Vital statistics of India. Vol. IV, Annual returns from 1871 to 1876. British Army of India, Native Army and jails of Bengal
Year: 1871
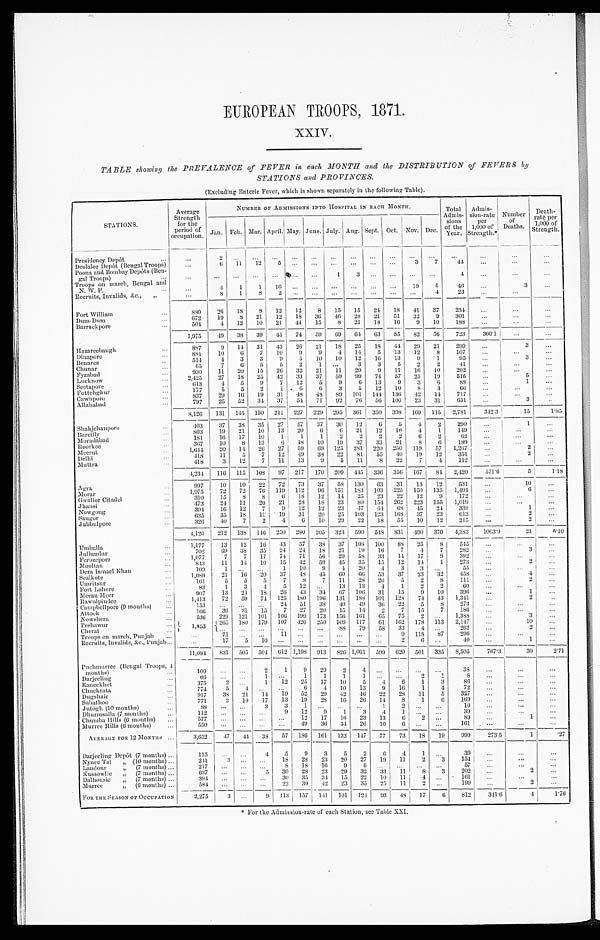
EUROPEAN TROOPS,1871
.
XXIV.
TABLE showing the PREVALENCE of FEVER in each MONTH and the DISTRIBUTION of FEVERS by
STATIONS and PROVINCES.
(Excluding Enteric Fever, which is shown separately in the following Table).
STATIONS.
Average
Strength
for the
period of
occupation.
NUMBER OF ADMISSIONS INTO HOSPITAL IN EACH MONTH.
Total
Admis-
sions
of th
e Year.
Admis-
Sion-rate per
1,000 o
f Strength
Number
of
Deaths.
Death
-rate per
1,000 of
Strength.
Jan. Feb. Mar. April. May. June. July. Aug. Sept. Oct. Nov. Dec.
Presidency Depôt ...
...
2
. . .
. . .
. . . . . .
. . .
. . .
. . .
... ... ... ...
. . .
. . .
. . .
...
Deolalee Depôt (Bengal Troops)
. . . 6 11 12 5
. . . ... ... ... ...
3 7
44 ...
. . .
. . .
Poona and Bombay Depôts (Ben-
gal Troops)
. . . ... ... ...
. . . ...
. . . 1
3 ...
. . .
. . . ...
4
. . .
...
. . .
Troops on march, Bengal and
N. W. P.
...
4
1 1
1 6 . . . . . .
. . . . . . ... ...
1 9 5
46 ...
3
. . .
Recruits, Invalids, &c., „
...
8 1 8
2
. . . . . . ...
. . . ...
. . . ... 4
23 ...
...
Fort William
...
880 26 18 8 12 12 8 15 15 24 18 41 37 234
...
...
. . .
Dum-Dum
...
672 19 8 21 12 18 36 46 28 21 51 32 9 301 ...
...
...
Barrackpore
...
504
4 12 10 21 44 15 8 21 18 16 9 10 188 ...
. . .
. . .
1,975 49 38 39 45 74 59 69 64 63 85 82 56 723 366.1 . . .
. . .
Hazareebaugh ...
887
9 14 31 43 26 21 18 25 18 41 29 21 299 ...
3 ...
Dinapore
...
881
10
6 7 10 9 9 4 14 5 13 12 8 107 ...
...
. . .
Benares
...
514
4. 3 3 9 5 10 10 12 16 13 9 1
95
. . .
3
...
Chunar
...
65
7 6 5 5 2
1
. . . 3 3 5 2 2
41
. . .
. . .
. . .
Fyzabad
930 11 20 15 26 32 21 11 20 9 11 16 10 202 ...
. . .
. . .
Lucknow
...
2,425 27 18 25 42 33 37 59 99 74 57 25 19 515
. . .
5
. . .
Seetapore
...
613
4 5 9 7 12 5 9 6 13 9 3 6
88
. . .
1
. . .
Futtehghur
...
177
5 5 2 1 6 6 3 5 12 10 8 3
6 6 ...
...
...
Cawnpore
...
837 29 16 19 31 48 48 89 101 144 136 42 14 717
. . .
. . .
. . .
Allahabad
...
797 25 52 34 37 54 71 92 76 56 100 23 - 31 651
. . .
3
. . .
8,126 131 145 150 211 227 229 295 361 350 398 169 115 2,791
342.3
15
1.85
Shahjehanpore
...
4 0 3 37 38 35 27 57 37 30 12 6 5
4 2 290 ...
1
. . .
Bareilly
...
803 19 21 10 13 20
6 6 21 12 16 4 1 1.19 ...
Moradabad
...
181 16 17 10 1 1 1 2 2 2 2 6 2
62
. . .
. . .
. . .
Roorkee ...
367
10 8 13 6 18 10 19 37 33 21 8 6 189 ...
...
...
Meerut
...
1,644
20 14 26 27 59 69 125 281 220 250 119 57 1,207 ...
2
. . .
Delhi
...
418
1 1 5 7 12 49 38 22 81 55 40 19 12 351
. . .
2 ...
Muttra
...
418
3 12 7 11 13 9 5 11 8 22 7 4 112
. . .
...
. . .
4 , 2 3 4 116 115 108 97 217 170 209 445 336 356 167 84 2,420
571.6
5
1.18
Agra
...
997 10 10 22 72 73 37 58 130 63 31 13 12 531 ...
10 ...
Morar
1,075 72 72 76 119 112 96 151 183 103 225 150 135 1,494
. . .
6
. . .
Gwalior Citadel
...
310 15 8 8 6 18 12 14 25 23 22 12 9 172
. . .
. . .
. . .
Jhansi
...
473 24 11 20 21 28 18 23
8 0 154 262 223 155 1,019 ...
. . .
. . .
Nowgong.
304
16 12 7
9 12 12 23 47 64 68 45 24 339 . . .
1 ...
Sangor
...
635 35 18 11 19 31 20 25 103 123 168 37 23 613 . . .
2
. . .
Jubbulpore
...
326 40 7 2
4 6 10 29 22 18 55 10 12 215 ...
2
. . .
4,120 212 138 146 250 280 205 323 590 548 831 490 370 4,383 1063.9
21
5.10
Umballa
...
1,177 13 12 16 43 57 38 37 108 100
8 8 25 8 545
. . .
...
. . .
Jullundur
...
702 69 38 35 24 24 18 21 19 16 7
4 7 282
. . .
3
. . .
Ferozepore
...
1,077
7 7 17 74 71 56 29 58 33 14 17 9
392 ...
. . .
. . .
Mooltan
...
843 11 14 10 15 42 59 45 35 15 12 14 1 273 ...
2
. . .
Dera Ismael khan
...
100
1
. . .
. . . 1 10 9 4 20
4 3 3 ...
55
. . .
. . . ...
Sealkote
...
1,089 21 16 20 37 48 45
6 0 6 6 53 37 23 32 458 . . .
4
. . .
Umritsur
...
161
5 5 5 7 8 7 11 28 20 5 2 8 111 ...
2 ...
Fort Lahore
...
83
1 3 4 5 12 ... 13 13 4 1 2 2
60 ...
. . . ...
Meean Meer ...
907 13 24 18 26 43 34 67 106 31 15 9 10 396 ...
1
. . .
Rawulpindee
...
1,413 72 59 74 125 180 196 131 188 101 128 74 43 1,341 ...
2
. . .
Campbellpore (9 months) ...
153 ... ... ... 24 51 38 40 49 36 22 5 8 273
. . .
. . .
. . .
Attock
...
166
36 21 15 7 27 20 15 14
2 7 15 7 186
. . .
...
...
Nowshera
...
536 229 121 101 106 199 173 156 161
6 5 75 2 ... 1,383
. . .
3
. . .
Peshawur
... 1,853 265 180 179 107 426 250 109 117
6 1 162 178 113 2,147
. . .
10
. . .
. . .
. . .
. . .
. . . . . .
. . . 88 79 58 33
4
. . . 262
. . .
2 ...
Troops on march, Punjab ...
. . . 71
. . . ...
1 1 . . .
. . . ... ... ...
9 118 87 296
. . .
. . .
. . .
Recruits, Invalids, &c., Punjab ...
. . . 17 5 10
. . . . . . . . .
. . .
. . . ...
2 6 ...
40 ...
1
...
11,081 831 505 504 612 1,198 913 826 1,061 599 620 501 335 8,505
767.3
30
2. 71
Puchmuree (Bengal Troops,
4 months)
...
100 ... ...
2 1 9 20 2
4 ...
. . . . . .
. . . 38 ...
. . . ...
Darjeeling ...
66 ...
. . . 1 . . .
1 1 1
. . 1 . ...
. . . 2 1
8
. . .
. . .
. . .
Raneekhet
...
375
2
. . . 1 12 25 17 10 5 4 6 1 3
8 6
. . .
. . .
. . .
Chuckrata
...
774
5
4 ...
. . . 6 4 10 13 9 16 1 4
72 ...
...
...
Dugshaie
...
917 38 21 14 19 52 29 42
4 6 22 28 11 5 327
. . .
. . .
...
Subathoo
...
771
2 19 17 1:3 19 28 16 26 14 8 1 6 169
. . .
. . .
...
Jutogh (10 months)
...
88
. . .
. . . 3 3 1
. . .
. . . . . . 1 2 . . .
. . . 10
. . .
. . .
. . .
Dhurmsalla (7 months)
...
1 1 2
. . .
. . .
. . . 9 12 9 1 3 4
1 . . . . . .
39
. . .
. . .
. . .
Chumba Hills (6 mouths)
577 ... ...
. . . ... 12 17 16 23 13 6
2
. . .
89 ...
1 ...
Murree Hills (6 months) ...
550
. . .
. . .
. . . . . . 49 36 34 26 10
6 . . .
. . . 161 ...
. . .
. . .
AVERAGE FOR 12 MONTHS . . .
3,652 47 44 38
5 7 186 161 132 147 77 73 18 19 999
273.5
1
.27
Darjeeling Depôt (7 months) ...
115 ...
. . . 4 5 9 3 5 2 6 4
1
. . . 39
. . .
. . .
. . .
Nynee Tal „ (10 months) ...
241
3 ... ... 18 28 23 20 27 19 11
2 3 154 ...
...
...
Landour „ (7 months) ...
2 1 7
. . . . . .
. . . 8
1 8 16 9 6 ...
. . . . . .
. . . 57
. . .
. . .
. . .
Kussowlie „ (7 months) ...
637 ... ...
5 30 28 23 29 32 33 11 8 3 202 . . .
2
. . .
Dalhousie „ (7 months) ...
394 ... ... ... 30 35 34 15 22 10 11 4 ...
161 ...
...
. . .
Murree
„ (6 months) ...
584 ...
. . . . . . 22 39 42 23 35 25 11
2 . . . 199 ...
2 ...
FOR THE SEASON OF OCCUPATION
2 , 2 7 5
3
. . . 9 113 157 141 101 124 93 48
1 7
6 812
341.6
4
1.76
*For the Admission-rate of each Station, see Table XXI.